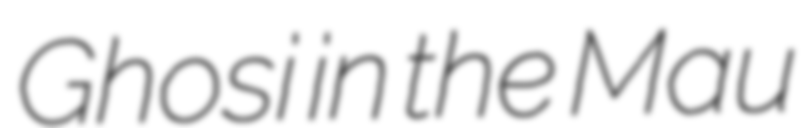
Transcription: Ghosi in the Mau